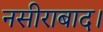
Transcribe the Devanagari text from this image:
नसीराबाद।